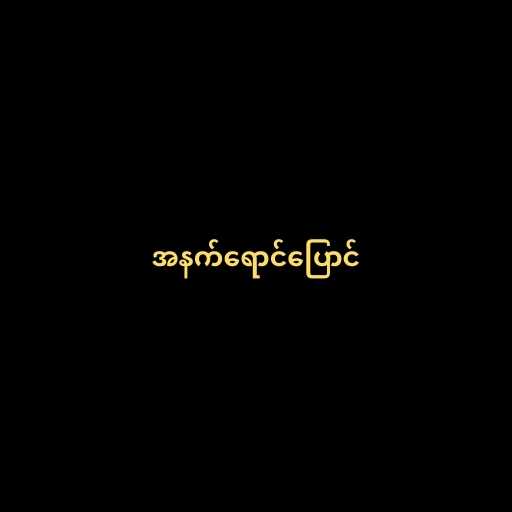
အနက်ရောင်ပြောင်